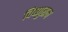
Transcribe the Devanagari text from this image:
विष्णुराम